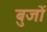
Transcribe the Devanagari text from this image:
बुजों